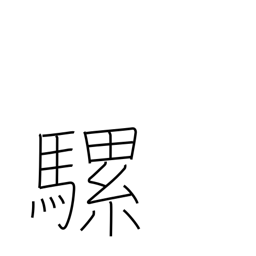
Meaning: mule